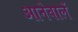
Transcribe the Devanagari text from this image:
आनेवालें